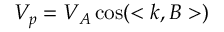
V _ { p } = V _ { A } \cos ( < \boldsymbol k , \boldsymbol B > )